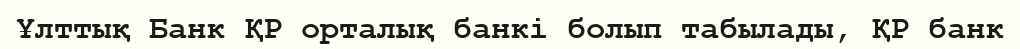
Ұлттық Банк ҚР орталық банкі болып табылады, ҚР банк